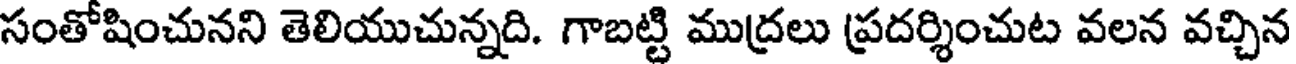
సంతోషించునని తెలియుచున్నది. గాబట్టి ముద్రలు ప్రదర్శించుట వలన వచ్చిన